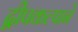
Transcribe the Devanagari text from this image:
द्वीपकल्पाने